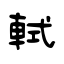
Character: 軾